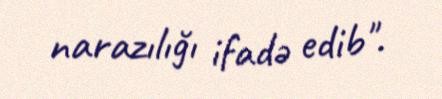
narazılığı ifadə edib".